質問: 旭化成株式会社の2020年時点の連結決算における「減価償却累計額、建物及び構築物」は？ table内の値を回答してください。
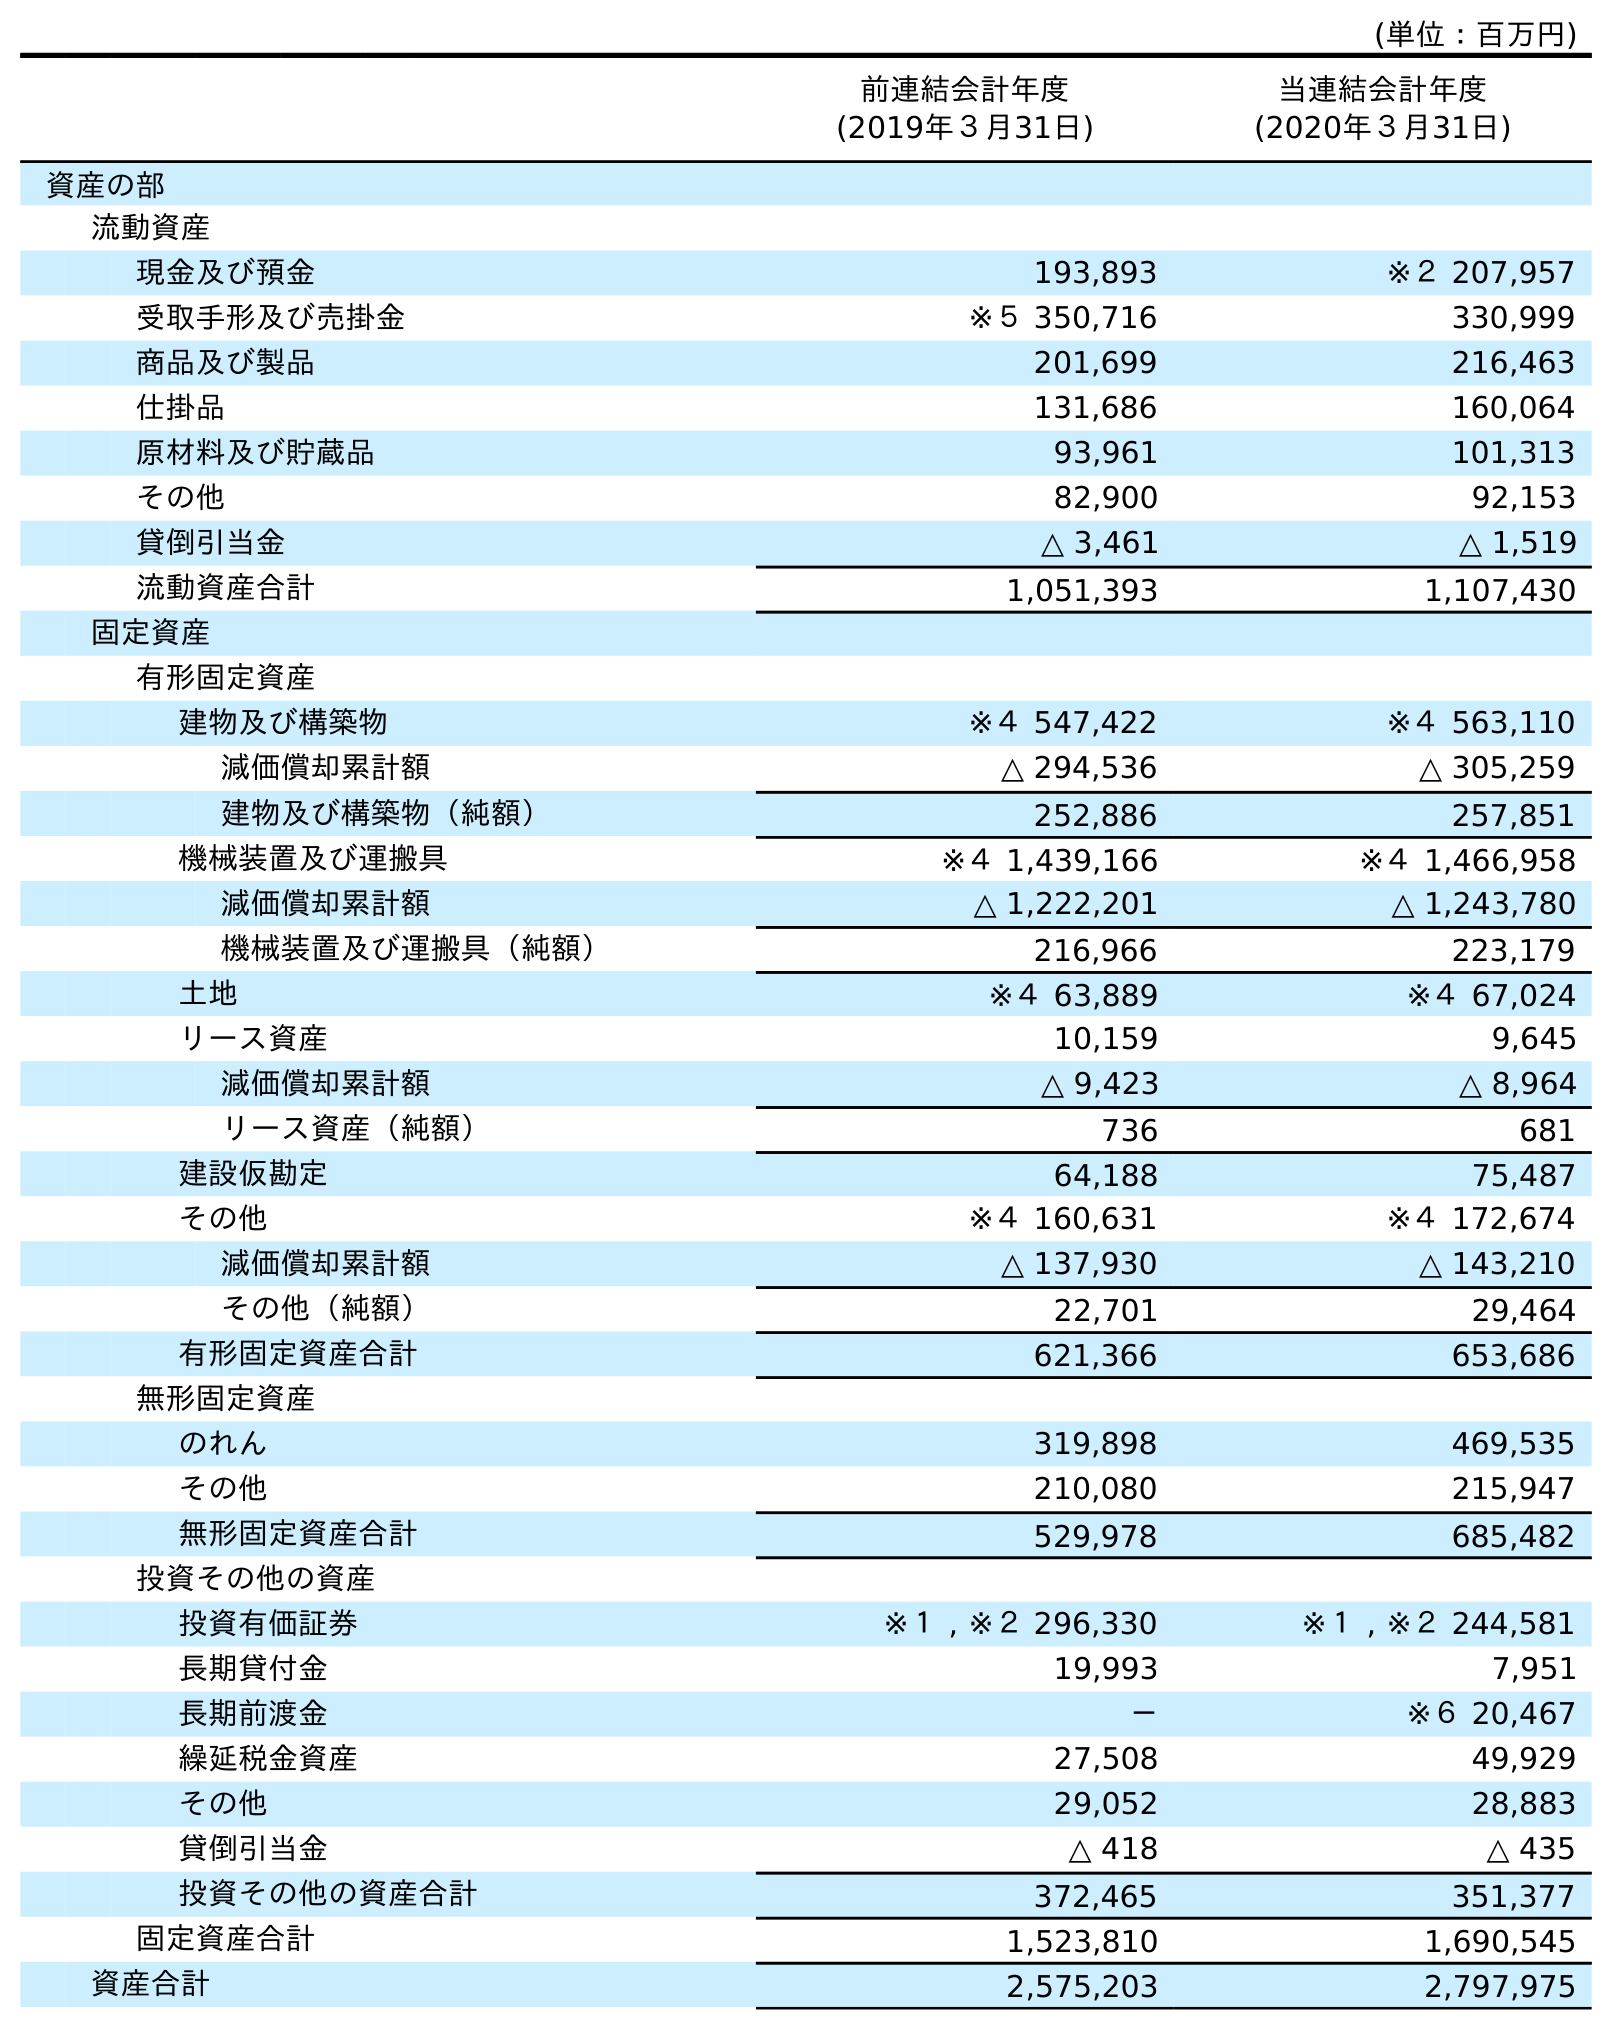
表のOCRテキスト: (単位：百万円) 前連結会計年度 (2019年３月31日) 当連結会計年度 (2020年３月31日) 資産の部 流動資産 現金及び預金 193,893 ※２ 207,957 受取手形及び売掛金 ※５ 350,716 330,999 商品及び製品 201,699 216,463 仕掛品 131,686 160,064 原材料及び貯蔵品 93,961 101,313 その他 82,900 92,153 貸倒引当金 △ 3,461 △ 1,519 流動資産合計 1,051,393 1,107,430 固定資産 有形固定資産 建物及び構築物 ※４ 547,422 ※４ 563,110 減価償却累計額 △ 294,536 △ 305,259 建物及び構築物（純額） 252,886 257,851 機械装置及び運搬具 ※４ 1,439,166 ※４ 1,466,958 減価償却累計額 △ 1,222,201 △ 1,243,780 機械装置及び運搬具（純額） 216,966 223,179 土地 ※４ 63,889 ※４ 67,024 リース資産 10,159 9,645 減価償却累計額 △ 9,423 △ 8,964 リース資産（純額） 736 681 建設仮勘定 64,188 75,487 その他 ※４ 160,631 ※４ 172,674 減価償却累計額 △ 137,930 △ 143,210 その他（純額） 22,701 29,464 有形固定資産合計 621,366 653,686 無形固定資産 のれん 319,898 469,535 その他 210,080 215,947 無形固定資産合計 529,978 685,482 投資その他の資産 投資有価証券 ※１ , ※２ 296,330 ※１ , ※２ 244,581 長期貸付金 19,993 7,951 長期前渡金 － ※６ 20,467 繰延税金資産 27,508 49,929 その他 29,052 28,883 貸倒引当金 △ 418 △ 435 投資その他の資産合計 372,465 351,377 固定資産合計 1,523,810 1,690,545 資産合計 2,575,203 2,797,975
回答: △305,259